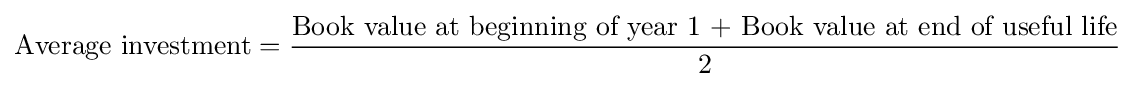
{\text{Average investment}}={\frac {\text{Book value at beginning of year 1 + Book value at end of useful life}}{\text{2}}}